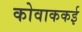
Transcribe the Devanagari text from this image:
कोवाककई